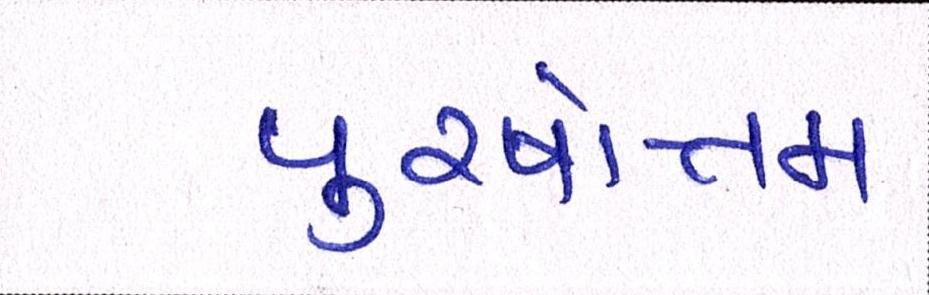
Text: પુરષોત્તમ